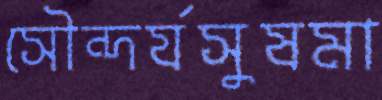
সৌন্দর্যসুষমা